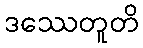
ဒဿေတူတိ